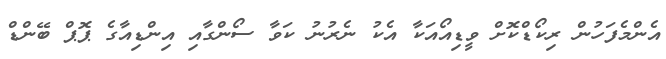
އެންމެފަހުން ރިކޯޑްކޮށް ވީޑިއޯއަކާ އެކު ނެރުނު ކަވާ ސޯންގާއި އިންޑިއާގެ ޕޮޕް ބޭންޑް